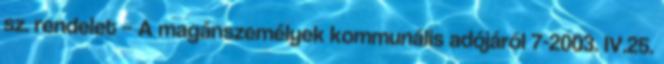
sz. rendelet – A magánszemélyek kommunális adójáról 7-2003. IV.25.